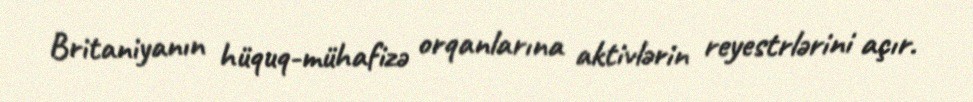
Britaniyanın hüquq-mühafizə orqanlarına aktivlərin reyestrlərini açır.